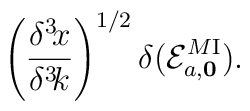
\left({\delta^3\!x\over\delta^3\!k}\right)^{1/2}\delta({\cal E}^{M\rm I}_{a,\bf 0}).